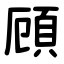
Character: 頋